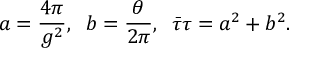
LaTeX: a = \frac { 4 \pi } { g ^ { 2 } } , \; \; b = \frac { \theta } { 2 \pi } , \; \; \bar { \tau } \tau = a ^ { 2 } + b ^ { 2 } .